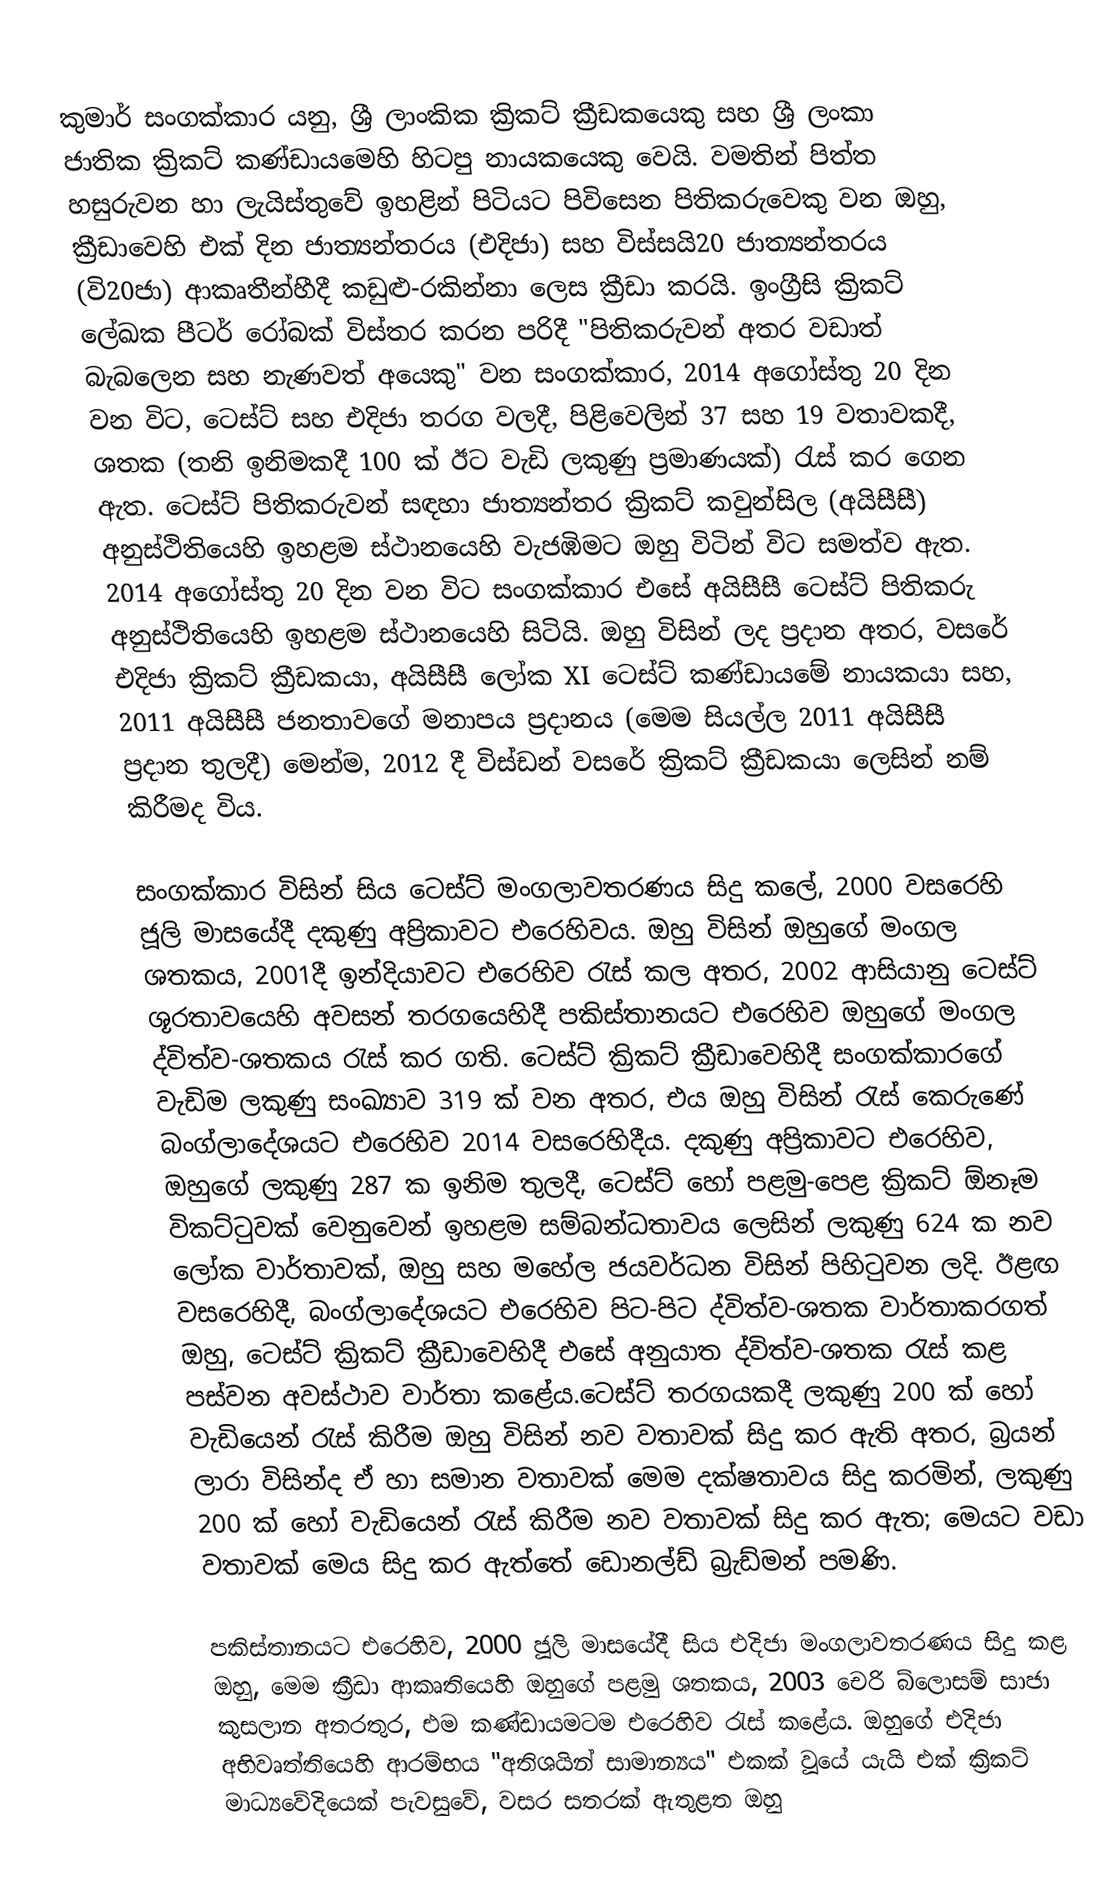
කුමාර් සංගක්කාර යනු, ශ්‍රී ලාංකික  ක්‍රිකට් ක්‍රීඩකයෙකු සහ ශ්‍රී ලංකා ජාතික ක්‍රිකට් කණ්ඩායමෙහි හිටපු නායකයෙකු වෙයි. වමතින් පිත්ත හසුරුවන හා ලැයිස්තුවේ ඉහළින් පිටියට පිවිසෙන  පිතිකරුවෙකු වන ඔහු, ක්‍රීඩාවෙහි එක් දින ජාත්‍යන්තරය (එදිජා) සහ විස්සයි20 ජාත්‍යන්තරය (වි20ජා) ආකෘතීන්හීදී කඩුළු-රකින්නා ලෙස ක්‍රීඩා කරයි. ඉංග්‍රීසි ක්‍රිකට් ලේඛක පීටර් රෝබක් විස්තර කරන පරිදී  "පිතිකරුවන් අතර වඩාත් බැබලෙන සහ නැණවත්  අයෙකු" වන සංගක්කාර, 2014 අගෝස්තු 20 දින වන විට, ටෙස්ට් සහ එදිජා තරග වලදී,  පිළිවෙලින් 37 සහ 19 වතාවකදී,  ශතක  (තනි ඉනිමකදී 100 ක් ඊට වැඩි ලකුණු ප්‍රමාණයක්) රැස් කර ගෙන ඇත. ටෙස්ට් පිතිකරුවන් සඳහා   ජාත්‍යන්තර ක්‍රිකට් කවුන්සිල (අයිසීසී) අනුස්ථිතියෙහි ඉහළම ස්ථානයෙහි වැජඹිමට ඔහු විටින් විට සමත්ව ඇත.  2014 අගෝස්තු 20 දින වන විට සංගක්කාර එසේ අයිසීසී ටෙස්ට් පිතිකරු අනුස්ථිතියෙහි ඉහළම ස්ථානයෙහි සිටියි.  ඔහු විසින් ලද ප්‍රදාන අතර,  වසරේ එදිජා ක්‍රිකට් ක්‍රීඩකයා, අයිසීසී ලෝක XI ටෙස්ට් කණ්ඩායමේ නායකයා සහ, 2011 අයිසීසී ජනතාවගේ මනාපය ප්‍රදානය (මෙම සියල්ල 2011 අයිසීසී ප්‍රදාන තුලදී) මෙන්ම, 2012 දී  විස්ඩන් වසරේ ක්‍රිකට් ක්‍රීඩකයා ලෙසින් නම් කිරීමද විය.

සංගක්කාර විසින් සිය ටෙස්ට් මංගලාවතරණය සිදු කලේ, 2000 වසරෙහි ජූලි මාසයේදී දකුණු අප්‍රිකාවට එරෙහිවය.  ඔහු විසින් ඔහුගේ මංගල ශතකය, 2001දී ඉන්දියාවට එරෙහිව රැස් කල අතර, 2002 ආසියානු ටෙස්ට් ශූරතාවයෙහි අවසන් තරගයෙහිදී  පකිස්තානයට එරෙහිව ඔහුගේ මංගල ද්විත්ව-ශතකය රැස් කර ගති. ටෙස්ට් ක්‍රිකට් ක්‍රීඩාවෙහිදී සංගක්කාරගේ වැඩිම ලකුණු සංඛ්‍යාව 319 ක් වන අතර, එය ඔහු විසින් රැස් කෙරුණේ බංග්ලාදේශයට එරෙහිව 2014 වසරෙහිදීය. දකුණු අප්‍රිකාවට එරෙහිව, ඔහුගේ ලකුණු 287 ක ඉනිම තුලදී, ටෙස්ට් හෝ පළමු-පෙළ ක්‍රිකට් ඕනෑම විකට්ටුවක් වෙනුවෙන් ඉහළම සම්බන්ධතාවය ලෙසින් ලකුණු 624 ක නව ලෝක වාර්තාවක්,  ඔහු සහ මහේල ජයවර්ධන විසින් පිහිටුවන ලදි.  ඊළඟ වසරෙහිදී, බංග්ලාදේශයට එරෙහිව පිට-පිට ද්විත්ව-ශතක වාර්තාකරගත් ඔහු, ටෙස්ට් ක්‍රිකට් ක්‍රීඩාවෙහිදී එසේ අනුයාත ද්විත්ව-ශතක රැස් කළ පස්වන අවස්ථාව වාර්තා කළේය.ටෙස්ට් තරගයකදී ලකුණු 200 ක් හෝ වැඩියෙන් රැස් කිරීම ඔහු විසින් නව වතාවක් සිදු කර ඇති අතර, බ්‍රයන් ලාරා විසින්ද ඒ හා සමාන වතාවක් මෙම දක්ෂතාවය සිදු කරමින්, ලකුණු 200 ක් හෝ වැඩියෙන් රැස් කිරීම නව වතාවක් සිදු කර ඇත; මෙයට වඩා වතාවක් මෙය සිදු කර ඇත්තේ ඩොනල්ඩ් බ්‍රැඩ්මන් පමණි.

පකිස්තානයට එරෙහිව, 2000 ජූලි මාසයේදී සිය එදිජා මංගලාවතරණය සිදු කළ ඔහු, මෙම ක්‍රීඩා ආකෘතියෙහි ඔහුගේ පළමු ශතකය, 2003 චෙරි බ්ලොසම් සාජා කුසලාන අතරතුර, එම කණ්ඩායමටම එරෙහිව රැස් කළේය.  ඔහුගේ එදිජා අභිවෘත්තියෙහි ආරම්භය "අතිශයින් සාමාන්‍යය" එකක් වූයේ යැයි එක් ක්‍රිකට් මාධ්‍යවේදියෙක් පැවසුවේ, වසර සතරක් ඇතුළත ඔහු